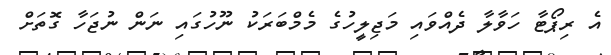
އެ ރިޕޯޓާ ހަވާލާ ދެއްވައި މަޖިލީހުގެ މެމްބަރަކު ނޫހުގައި ނަން ނުޖަހާ ގޮތަށް